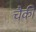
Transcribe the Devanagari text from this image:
चैकी